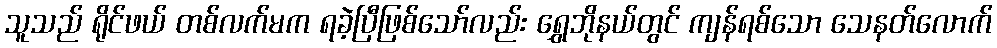
သူသည် ရိုင်ဖယ် တစ်လက်မက ရခဲ့ပြီဖြစ်သော်လည်း ရွှေဘိုနယ်တွင် ကျန်ရစ်သော သေနတ်လောက်